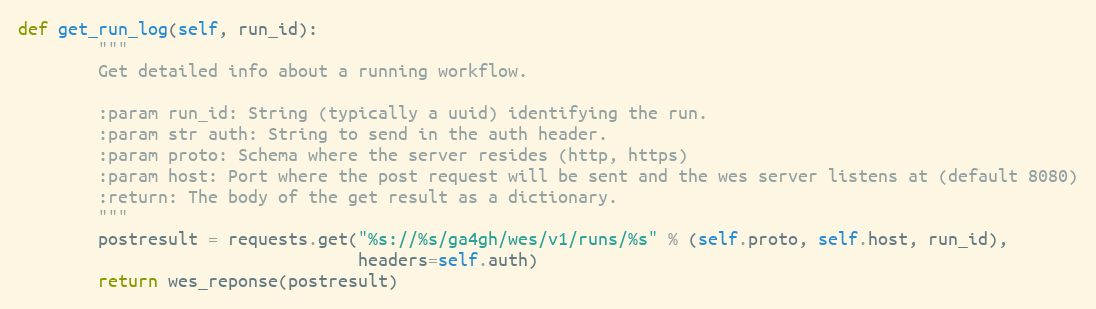
Language: Python
def get_run_log(self, run_id):
        """
        Get detailed info about a running workflow.

        :param run_id: String (typically a uuid) identifying the run.
        :param str auth: String to send in the auth header.
        :param proto: Schema where the server resides (http, https)
        :param host: Port where the post request will be sent and the wes server listens at (default 8080)
        :return: The body of the get result as a dictionary.
        """
        postresult = requests.get("%s://%s/ga4gh/wes/v1/runs/%s" % (self.proto, self.host, run_id),
                                  headers=self.auth)
        return wes_reponse(postresult)